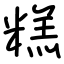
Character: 糕